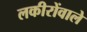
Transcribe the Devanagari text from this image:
लकीरोंवाले